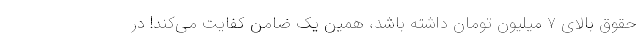
حقوق بالای ۷ میلیون تومان داشته باشد، همین یک ضامن کفایت می‌کند! در